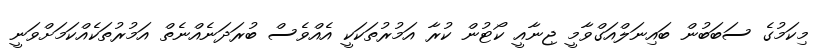
މިކަމުގެ ސަބަބުން ބައިނަލްއަގްވާމީ ޖިނާއީ ކޯޓުން ކުރާ އަމުރުތަކަކީ އެއްވެސް ބުރަދަނެއްނެތް އަމުރުތަކެއްކަމަށްވަނީ